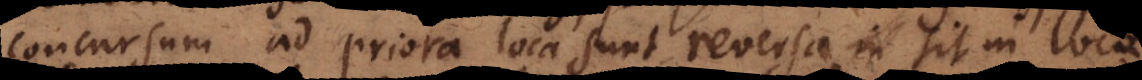
concursum ad priora loca sunt reversa, sit in loco